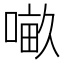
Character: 𠺖